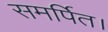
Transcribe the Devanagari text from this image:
समर्पित।